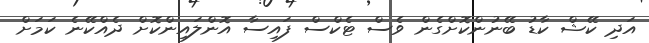
އަދި ކޭޝް ކާޑު ބޭނުންކޮށްގެން ވެސް ޓެކްސް ފައިސާ އޮންލައިންކޮށް ދެއްކޭނެ ކަމަށް